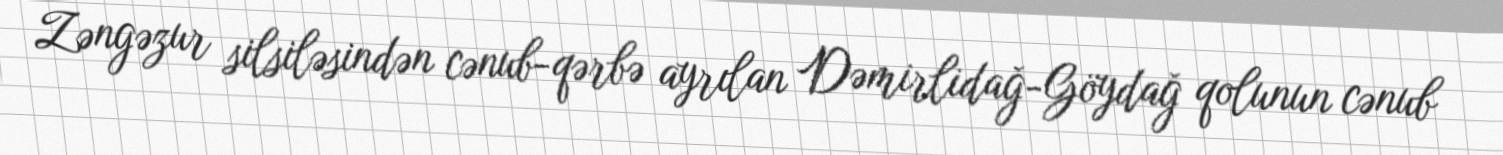
Zəngəzur silsiləsindən cənub-qərbə ayrılan Dəmirlidağ-Göydağ qolunun cənub